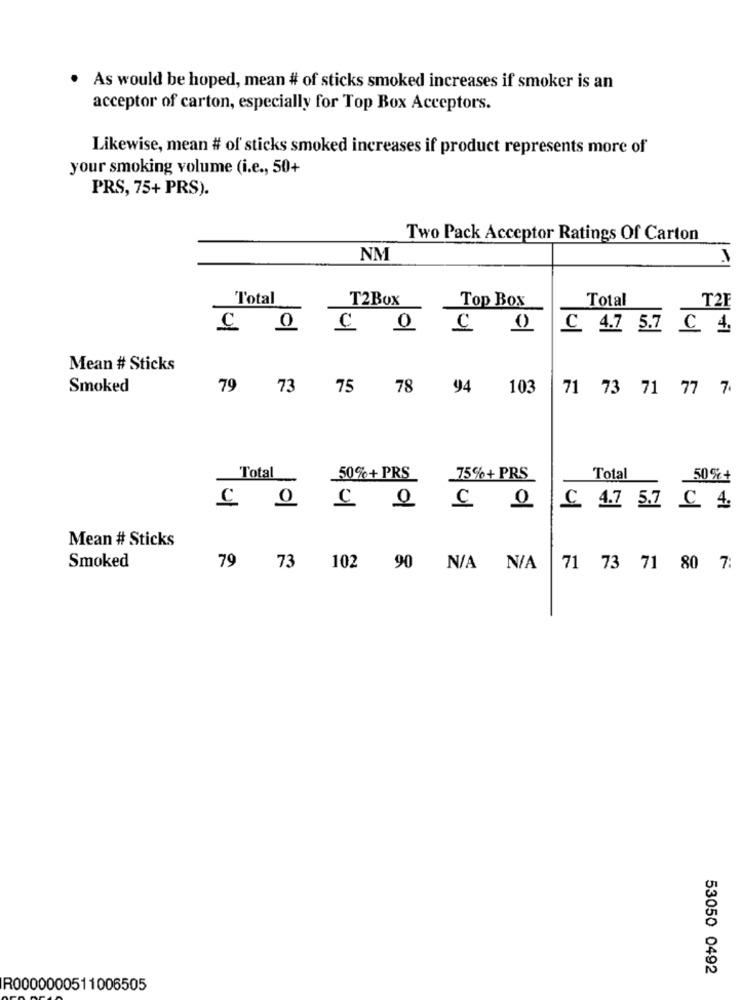
As would be hoped, mean # of sticks smoked increases if smoker is an
acceptor of carton, especially for Top Box Acceptors.
Likewise, mean # of sticks smoked increases if product represents more of
your smoking volume (i.e ., 50+
PRS, 75+ PRS).
Two Pack Acceptor Ratings Of Carton
NM
Total
T2BOX
Top Box
Total
THE
C 0 9 0 C 4.7 5.7 C 4.
Mean # Sticks
Smoked
79
73
75
78 94
103
71 73 71 77 7
Total
50%+ PRS
75%+ PRS
Total
50% +
C. 4.7 5.7 C. 4.
Mean # Sticks
Smoked
79
73 102 90 N/A N/A
71 73 71 80 7:
53050 0492
R0000000511006505